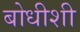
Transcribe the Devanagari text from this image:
बोधीशी